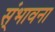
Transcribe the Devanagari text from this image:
स्ंभावना